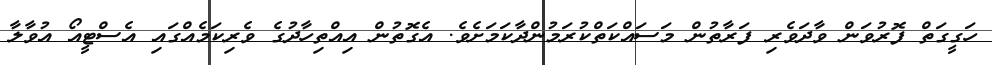
ހަގީގަތް ފޮރުވަން ވާދަވެރި ފަރާތުން މަސައްކަތްކުރަމުންދާކަމަށެވެ. އެގޮތުން އިއްތިހާދުގެ ވެރިކަަމެއްގައި އެސްޓީއޯ އުވާލާ